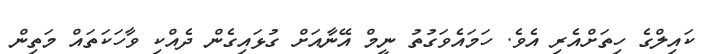
ކައިލްގެ ހިތަށްއެރި އެވެ. ހަމައެވަގުތު ނީމް އޭނާއަށް ގުޅައިގެން ދެއްކި ވާހަކަތައް މަތިން